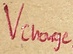
Text: Vcharge